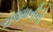
રાજધાનીનો